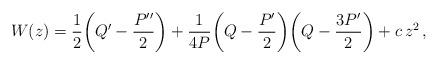
LaTeX: \begin{align*}W(z)=\frac12\bigg(Q'-\frac{P''}2\bigg)+\frac1{4P}\bigg(Q-\frac{P'}2\bigg)\bigg(Q-\frac{3P'}2\bigg)+c\,z^2\,,\end{align*}